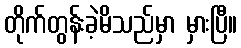
တိုက်တွန်းခဲ့မိသည်မှာ မှားပြီ။